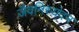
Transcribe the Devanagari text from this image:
जैवनिस्यंदन